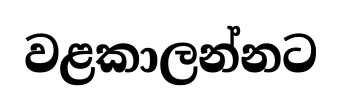
වළකාලන්නට